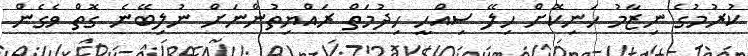
ކުރުމުގެ ނިޒާމު ހަނިކޮށް ހިލޭ ސިއްހީ ހިދުމަތް ރައްޔިތުންނަށް ނުލިބޭނެ ގޮތް ވެގެން